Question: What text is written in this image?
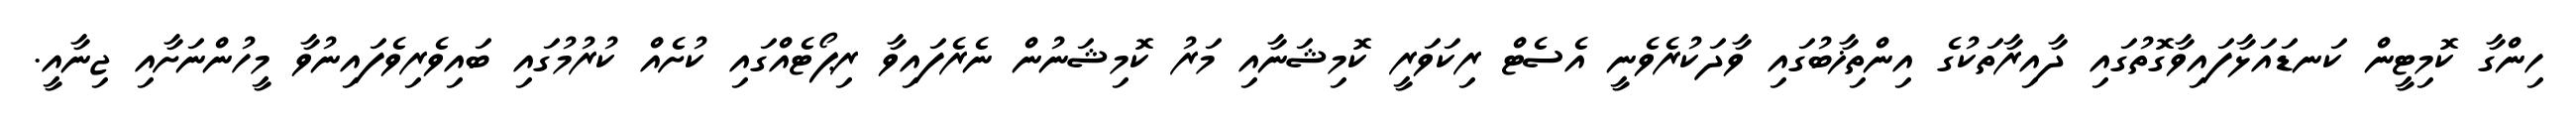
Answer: ހިންގާ ކޮމިޓީން ކަނޑައަޅާފައިވާގޮތުގައި ދާއިރާތަކުގެ އިންތިޚާބުގައި ވާދަކުރެވެނީ އެސެޓް ރިކަވަރީ ކޮމިޝަނާއި މަރު ކޮމިޝަނުން ނެރެފައިވާ ރިޕޯޓެއްގައި ކުށެއް ކުރުމުގައި ބައިވެރިވެފައިނުވާ މީހުންނަށާއި ޖިނާއީ.